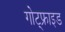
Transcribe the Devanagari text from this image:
गोट्फ्राइड